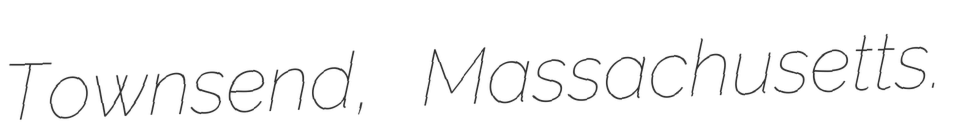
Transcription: Townsend, Massachusetts.